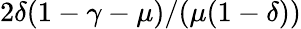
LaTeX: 2\delta(1-\gamma-\mu)/(\mu(1-\delta))